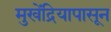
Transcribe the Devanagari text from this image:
मुखेंद्रियापासून